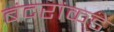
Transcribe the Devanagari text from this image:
बंदरांकडे